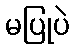
မပြုပဲ